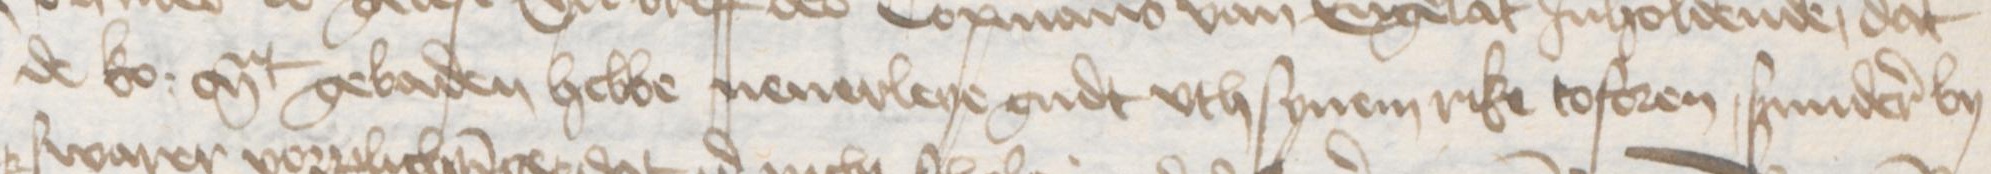
de ko: Mt gebaden hebbe nenerleye gudt vth synem rike toforen, sunderer by